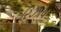
રિઝાવ